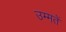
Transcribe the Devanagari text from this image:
उम्मतें